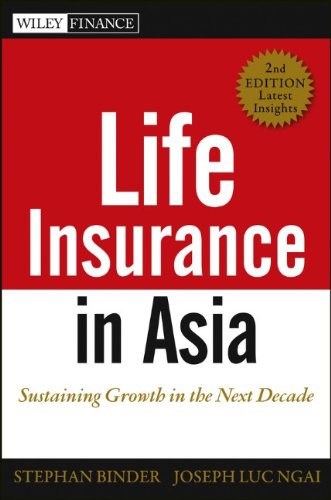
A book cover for Life Insurance in Asia: Sustaining Growth in the Next Decade; Stephan Binder; Business & Money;